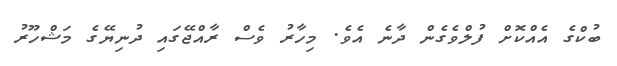
ބުކްގެ އެއްކޮށް ފުލްވެގެން ދާނެ އެވެ. މިހާރު ވެސް ރާއްޖޭގައި ދުނިޔޭގެ މަޝްހޫރު